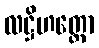
လဋ္ဌိဟတ္ထော